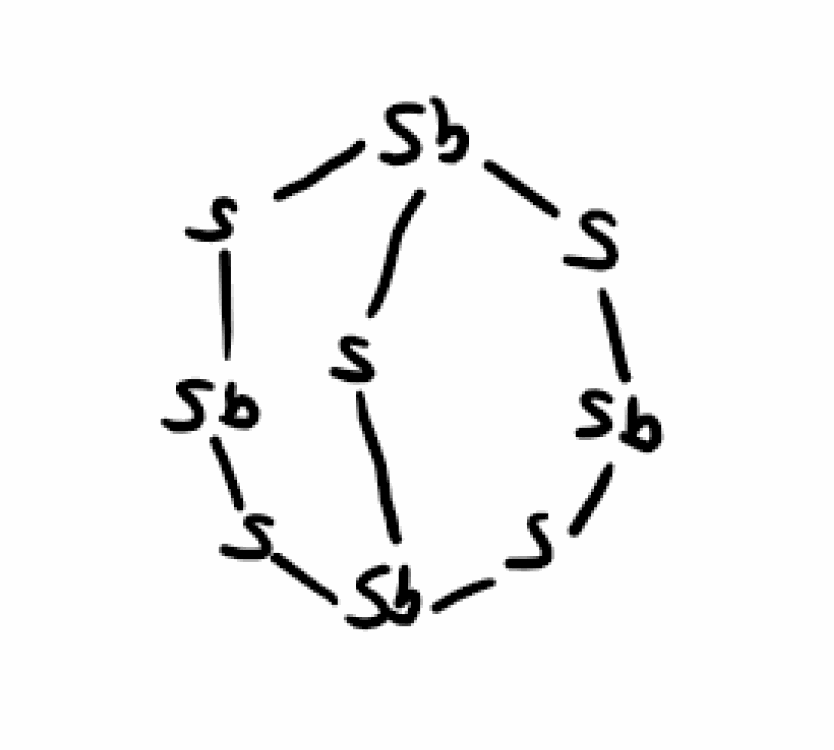
Simplified molecular-input line-entry system (SMILES) notation of the given molecule:
S1[Sb]S[Sb]2S[Sb]S[Sb]1S2